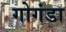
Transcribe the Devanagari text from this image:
गोगंडा